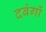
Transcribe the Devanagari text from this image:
दबंगों